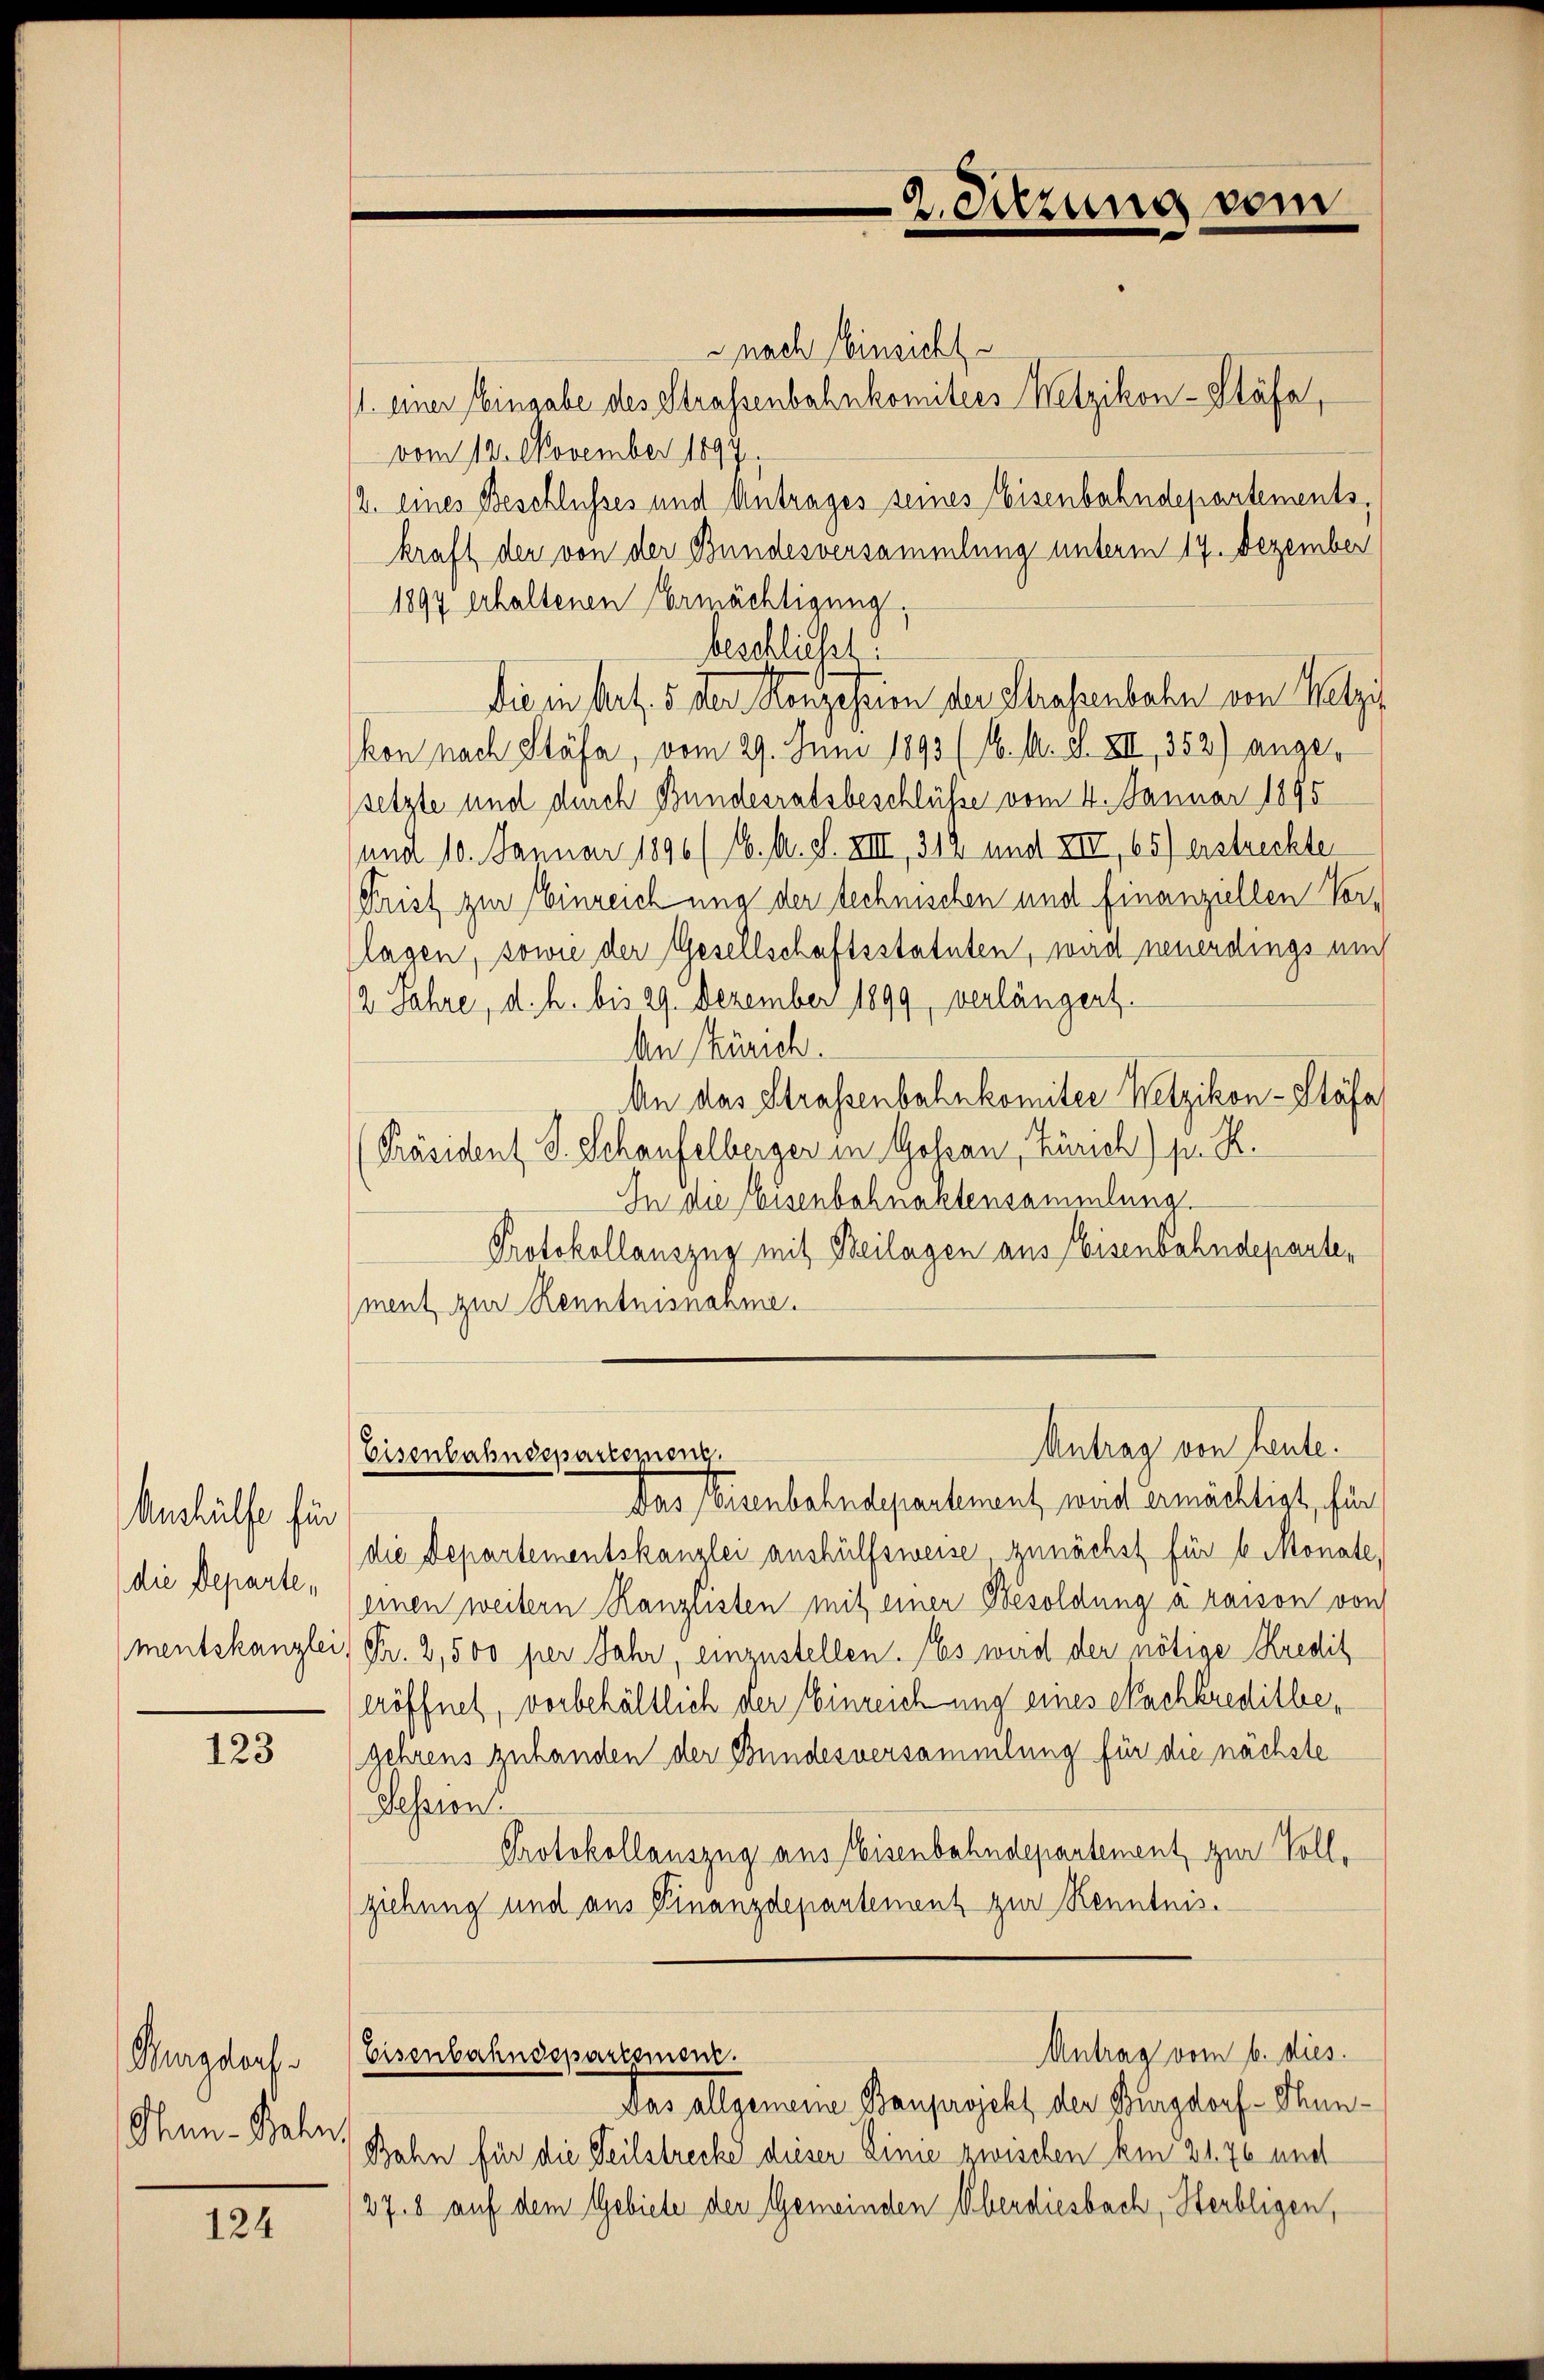
Aushülfe für
die Departe,

123

Burgdorf
Ohnn-Bahn

124

nach Einsicht
1. einer Eingabe des Strassenbahnkomitees Wetzikon-Stäfa,
vom 12. November 1897.
2. eines Beschlusses und Antrages seines Eisenbahndepartementskraft der von der Bundesversammlung unterm 17. Dezember
1897 erhaltenen Ermächtigung,
beschließt:
die in Art. 5 der Konzession der Straßenbahn von Wetzi
kon nach Stäfa, vom 29. Juni 1893 (16. A. S. XIII, 352) angesetzte und durch Bundesratsbeschlüsse vom 4. Januar 1895
und 10. Januar 1896 (16. A. S. XIII, 319 und XII, 65) erstreckten
Prist zur Einreichung der technischen und finanziellen Vorlagen, sowie der Gesellschaftsstatuten, wird neuerdings um
2 Jahre, d. h. bis 29. Dezember 1899, verlängert.
An Zürich.
An das Strassenbahnkomiter Wetzikon-Stäfa
Präsident J. Schaufelberger in Gossau, Zürich) pr. K.
In die eisenbahnaktensammlung.
Protokollauszug mit Beilagen aus Eisenbahndeparte,
ment zur Kenntnisnahme.

Das Eisenbahndepartement weid ermächtigt, für
die Departementskanzlei aushülfsweise zunächst für 6 Monate,
einen weitern Kanzlisten mit einer Besoldung a raison von
mentskanzlei, Fr. 2,500 per Jahr, einzustellen. (Es wird der nötige Kredit
eröffnet, vorbehältlich der Einreichung eines Nachkreditbegehrens zuhanden der Bundesversammlung für die nächste
Session
Protokollauszug aus Eisenbahndepartement, zur Vollziehung und aus Finanzdepartement zur Kenntnis¬

2. Sitzung vom

Antrag von heute.
Eisenbahndepartemoni

Antrag vom 6. dies
Eisenbahndepartement.

Das allgemeine Bauprojekt der Burgdorf - Thun¬
Bahn für die Teilstrecke dieser Linie zwischen kein 21. 76 und
27. 8 auf dem Gebiete der Gemeinden Oberdiesbach, Herbligen,